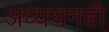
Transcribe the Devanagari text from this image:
अध्ययनही